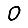
Digit: 0